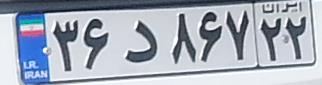
۳۶د۸۶۷۲۲